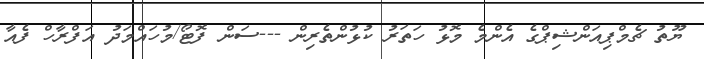
ޔޫތު ޗެމްޕިއަންޝިޕްގެ އެންމެ މޮޅު ހަތަރު ކުޅުންތެރިން ---ސަން ފޮޓޯ/މުހައްމަދު އަފްރާހް ފެއާ